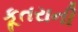
કૂતરાની